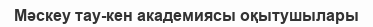
Мәскеу тау-кен академиясы оқытушылары